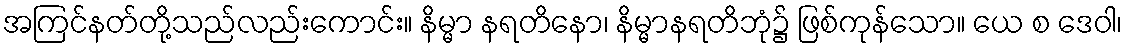
အကြင်နတ်တို့သည်လည်းကောင်း။ နိမ္မာ နရတိနော၊ နိမ္မာနရတိဘုံ၌ ဖြစ်ကုန်သော။ ယေ စ ဒေဝါ၊